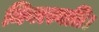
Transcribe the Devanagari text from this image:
निवत्स्यति।